Annual statistical returns and brief notes on vaccination in Bengal - 1909-1929
Year: 1909
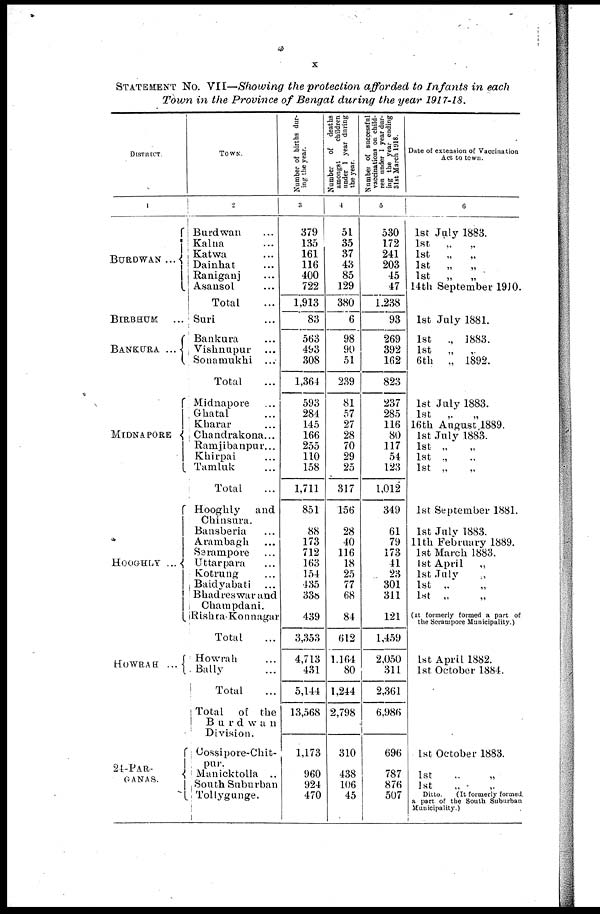
x
STATEMENT NO. VII—Showing the protection afforded to Infants in each
Town in the Province of Bengal during the year 1917-18.
DISTRICT.
1
BURDWAN ...
BIRBHUM
...
BANKURA...
MIDNAPORE...
HOOGHLY ...
HOWRAH...
24-PAR-
GANAS.
TOWN.
2
Burdwan...
Kalna...
Katwa...
Dainhat...
Raniganj...
Asansol...
Total...
Suri...
Bankura...
Vishnupur...
Sonamukhi...
Total...
Midnapore...
Ghatal...
Kharar...
Chandrakona...
Ramjibanpur...
Khirpai... ...
Tamluk... ...
Total...
Hooghly and
Chinsura.
Bansberia...
Arambagh...
Serampore...
Uttarpara...
Kotrung...
Baidyabati...
Bhadreswar and
Champdani.
RishraKonnagar
Total...
Howrah...
Bally...
Total...
Total of the
Burdwan
Division.
Cossipore-Chit-
pur.
Manicktolla...
South Suburban
Tollygunge.
Number of births dur-
ing the year.
3
379
135
161
116
400
722
1,913
83
563
493
308
1,364
593
284
145
166
255
110
158
1,711
851
88
173
712
163
154
435
336
439
3,353
4,713
431
5,144
13,568
1,173
960
924
470
Number
of deaths
amongst
children
under 1 year during
the year.
4
51
35
37
43
85
129
380
6
98
90
51
239
81
57
27
28
70
29
25
317
156
28
40
116
18
25
77
68
84
612
1,164
80
1,244
2,798
310
438
106
45
Number of successful
vaccinations on child-
ren under 1 year dur-
ing the year ending
31st March 1918.
5
530
172
241
203
45
47
1,238
93
269
392
162
823
237
285
116
80
117
54
123
1,012
349
61
79
173
41
23
301
311
121
1,459
2,050
311
2,361
6,986
696
787
876
507
Date of extension of Vaccination
Act to town.
6
1st July 1883.
1st „ „
1st „ „
1st „ „
1st „ „
14th September 1910.
1st July 1881.
1st
„ 1883.
1st
„ „
6th „ 1892.
1st July 1883.
1st
„ „
16th August 1889.
1st July 1883.
1st „
„
1st „ „
1st „
1st September 1881.
1st July 1883.
11th February 1889.
1st March 1883.
1st April „ „
1st July „ „
1st „ „
1st „
„
(It formerly formed a part of
the Serampore Municipality.)
1st April 1882.
1st October 1884.
1st October 1883.
1st „ „
1st
„
„
Ditto.
(It formerly formed-
a part of the South Suburban
Municipality.)